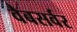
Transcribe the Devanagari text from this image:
वैबसर्वर